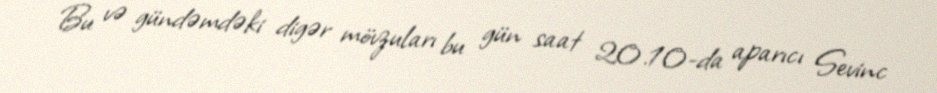
Bu və gündəmdəki digər mövzuları bu gün saat 20.10-da aparıcı Sevinc